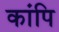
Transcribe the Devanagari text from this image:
कांपि